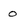
Character: 0